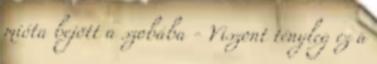
mióta bejött a szobába - Viszont tényleg ez a